Calcutta medical institutions reports 1892-1900
Year: 1892
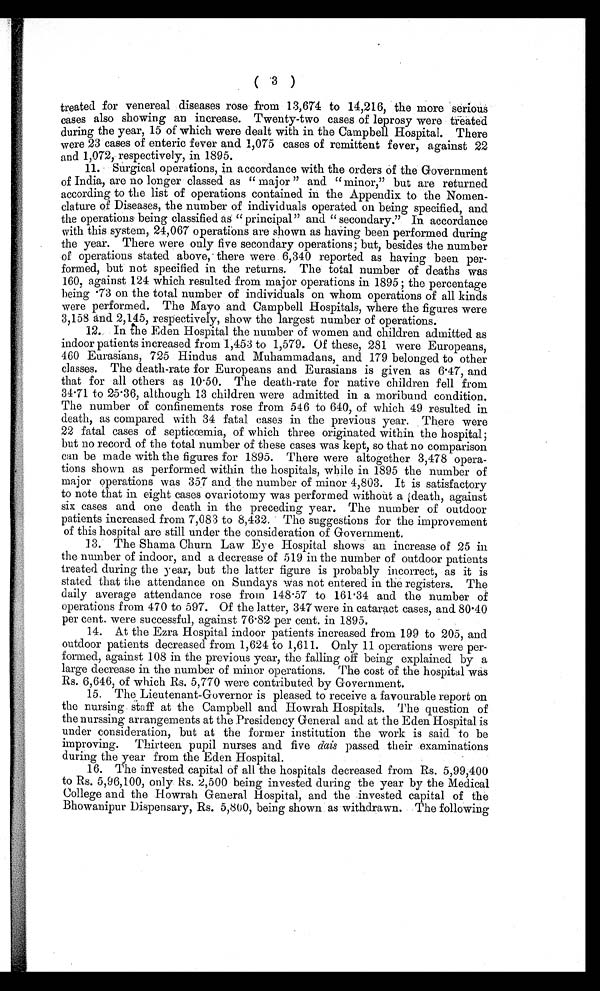
(3)
treated for venereal diseases rose from 13,674 to 14,216, the more serious
cases also showing an increase. Twenty-two cases of leprosy were treated
during the year, 15 of which were dealt with in the Campbell Hospital. There
were 23 cases of enteric fever and 1,075 cases of remittent fever, against 22
and 1,072, respectively, in 1895.
11. Surgical operations, in accordance with the orders of the Government
of India, are no longer classed as “ major ” and “minor,” but are returned
according to the list of operations contained in the Appendix to the Nomen-
clature of Diseases, the number of individuals operated on being specified, and
the operations being classified as “ principal ” and “ secondary.” In accordance
with this system, 24,067 operations are shown as having been performed during
the year. There were only five secondary operations; but, besides the number
of operations stated above, there were 6,340 reported as having been per-
formed, but not specified in the returns. The total number of deaths was
160, against 124 which resulted from major operations in 1895 ; the percentage
being
ains
.73 on the total number of individuals on whom operations of all kinds
were performed. The Mayo and Campbell Hospitals, where the figures were
3,158 and 2,145, respectively, show the largest number of operations.
12. In the Eden Hospital the number of women and children admitted as
indoor patients increased from 1,453 to 1,579. Of these, 281 were Europeans,
460 Eurasians, 725 Hindus and. Muhammadans, and 179 belonged to other
classes. The death-rate for Europeans and Eurasians is given as 6.47, and
that for all others as 10.50. The death-rate for native children fell from
34.71 to 25.36, although 13 children were admitted in a moribund condition.
The number of confinements rose from 546 to 640, of which 49 resulted in
death, as compared with 34 fatal cases in the previous year. There were
22 fatal cases of septicœmia, of which three originated within the hospital;
but no record of the total number of these cases was kept, so that no comparison
can be made with the figures for 1895. There were altogether 3,478 opera--
tions shown as performed within the hospitals, while in 1895 the number of
major operations was 357 and the number of minor 4,803. It is satisfactory
to note that in eight cases ovariotomy was performed without a death, against
six cases and one death in the preceding year. The number of outdoor
patients increased from 7,083 to 8,432. The suggestions for the improvement
of this hospital are still under the consideration of Government.
13. The Shama Churn Law Eye Hospital shows an increase of 25 in
the number of indoor, and a decrease of 519 in the number of outdoor patients
treated during the year, but the latter figure is probably incorrect, as it is
stated that the attendance on Sundays was not entered in the registers. The
daily average attendance rose from 148.57 to 161.34 and the number of
operations from 470 to 597. Of the latter, 347 were in cataract cases, and 80.40
per cent. were successful, against 76.82 per cent. in 1895.
14. At the Ezra Hospital indoor patients increased from 199 to 205, and
outdoor patients decreased from 1,624 to 1,611. Only 11 operations were per-
formed, against 108 in the previous year, the falling off being explained by a
large decrease in the number of minor operations. The cost of the hospital was
Rs. 6,646, of which Rs. 5,770 were contributed by Government.
15. The Lieutenant-Governor is pleased to receive a favourable report on
the nursing staff at the Campbell and Howrah Hospitals. The question of
the nurssing arrangements at the Presidency General and at the Eden Hospital is
under consideration, but at the former institution the work is said to be
improving. Thirteen pupil nurses and five dais passed their examinations
during the year from the Eden Hospital.
16. The invested capital of all the hospitals decreased from Rs. 5,99,400
to Rs. 5,96,100, only 2,500 being invested during the year by the Medical
College and the Howrah General Hospital, and the invested capital of the
Bhowanipur Dispensary, Rs. 5,800, being shown as withdrawn. The following